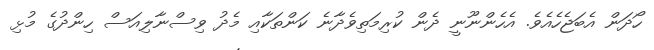
ހޯދަން އެބަޖެހެއެވެ. އެހެންނޫނީ ދެން ކުރިމަތިވެދާނެ ކަންތަކާއި މެދު ވިސްނާލިއަސް ހިންދުގެ މުޅި